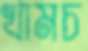
খামচ